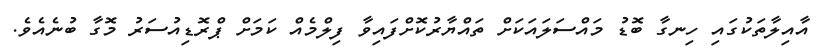
އާއިލާތަކުގައި ހިނގާ ބޮޑު މައްސަލައަކަށް ތައްޔާރުކޮށްފައިވާ ފިލްމެއް ކަމަށް ޕްރޮޑިއުސަރު މޮގާ ބުނެއެވެ.